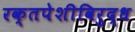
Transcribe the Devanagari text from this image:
रक्तपेशीविरुद्ध